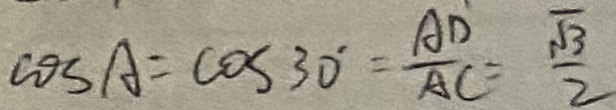
\cos A = \cos 3 0 ^ { . } = \frac { A D } { A C } = \frac { \sqrt { 3 } } { 2 }